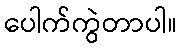
ပေါက်ကွဲတာပါ။